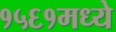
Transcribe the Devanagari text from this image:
१५६१मध्ये